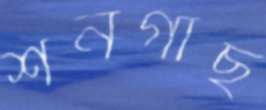
শনগাছ